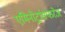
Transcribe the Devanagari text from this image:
एमिनोट्रांसफरेज